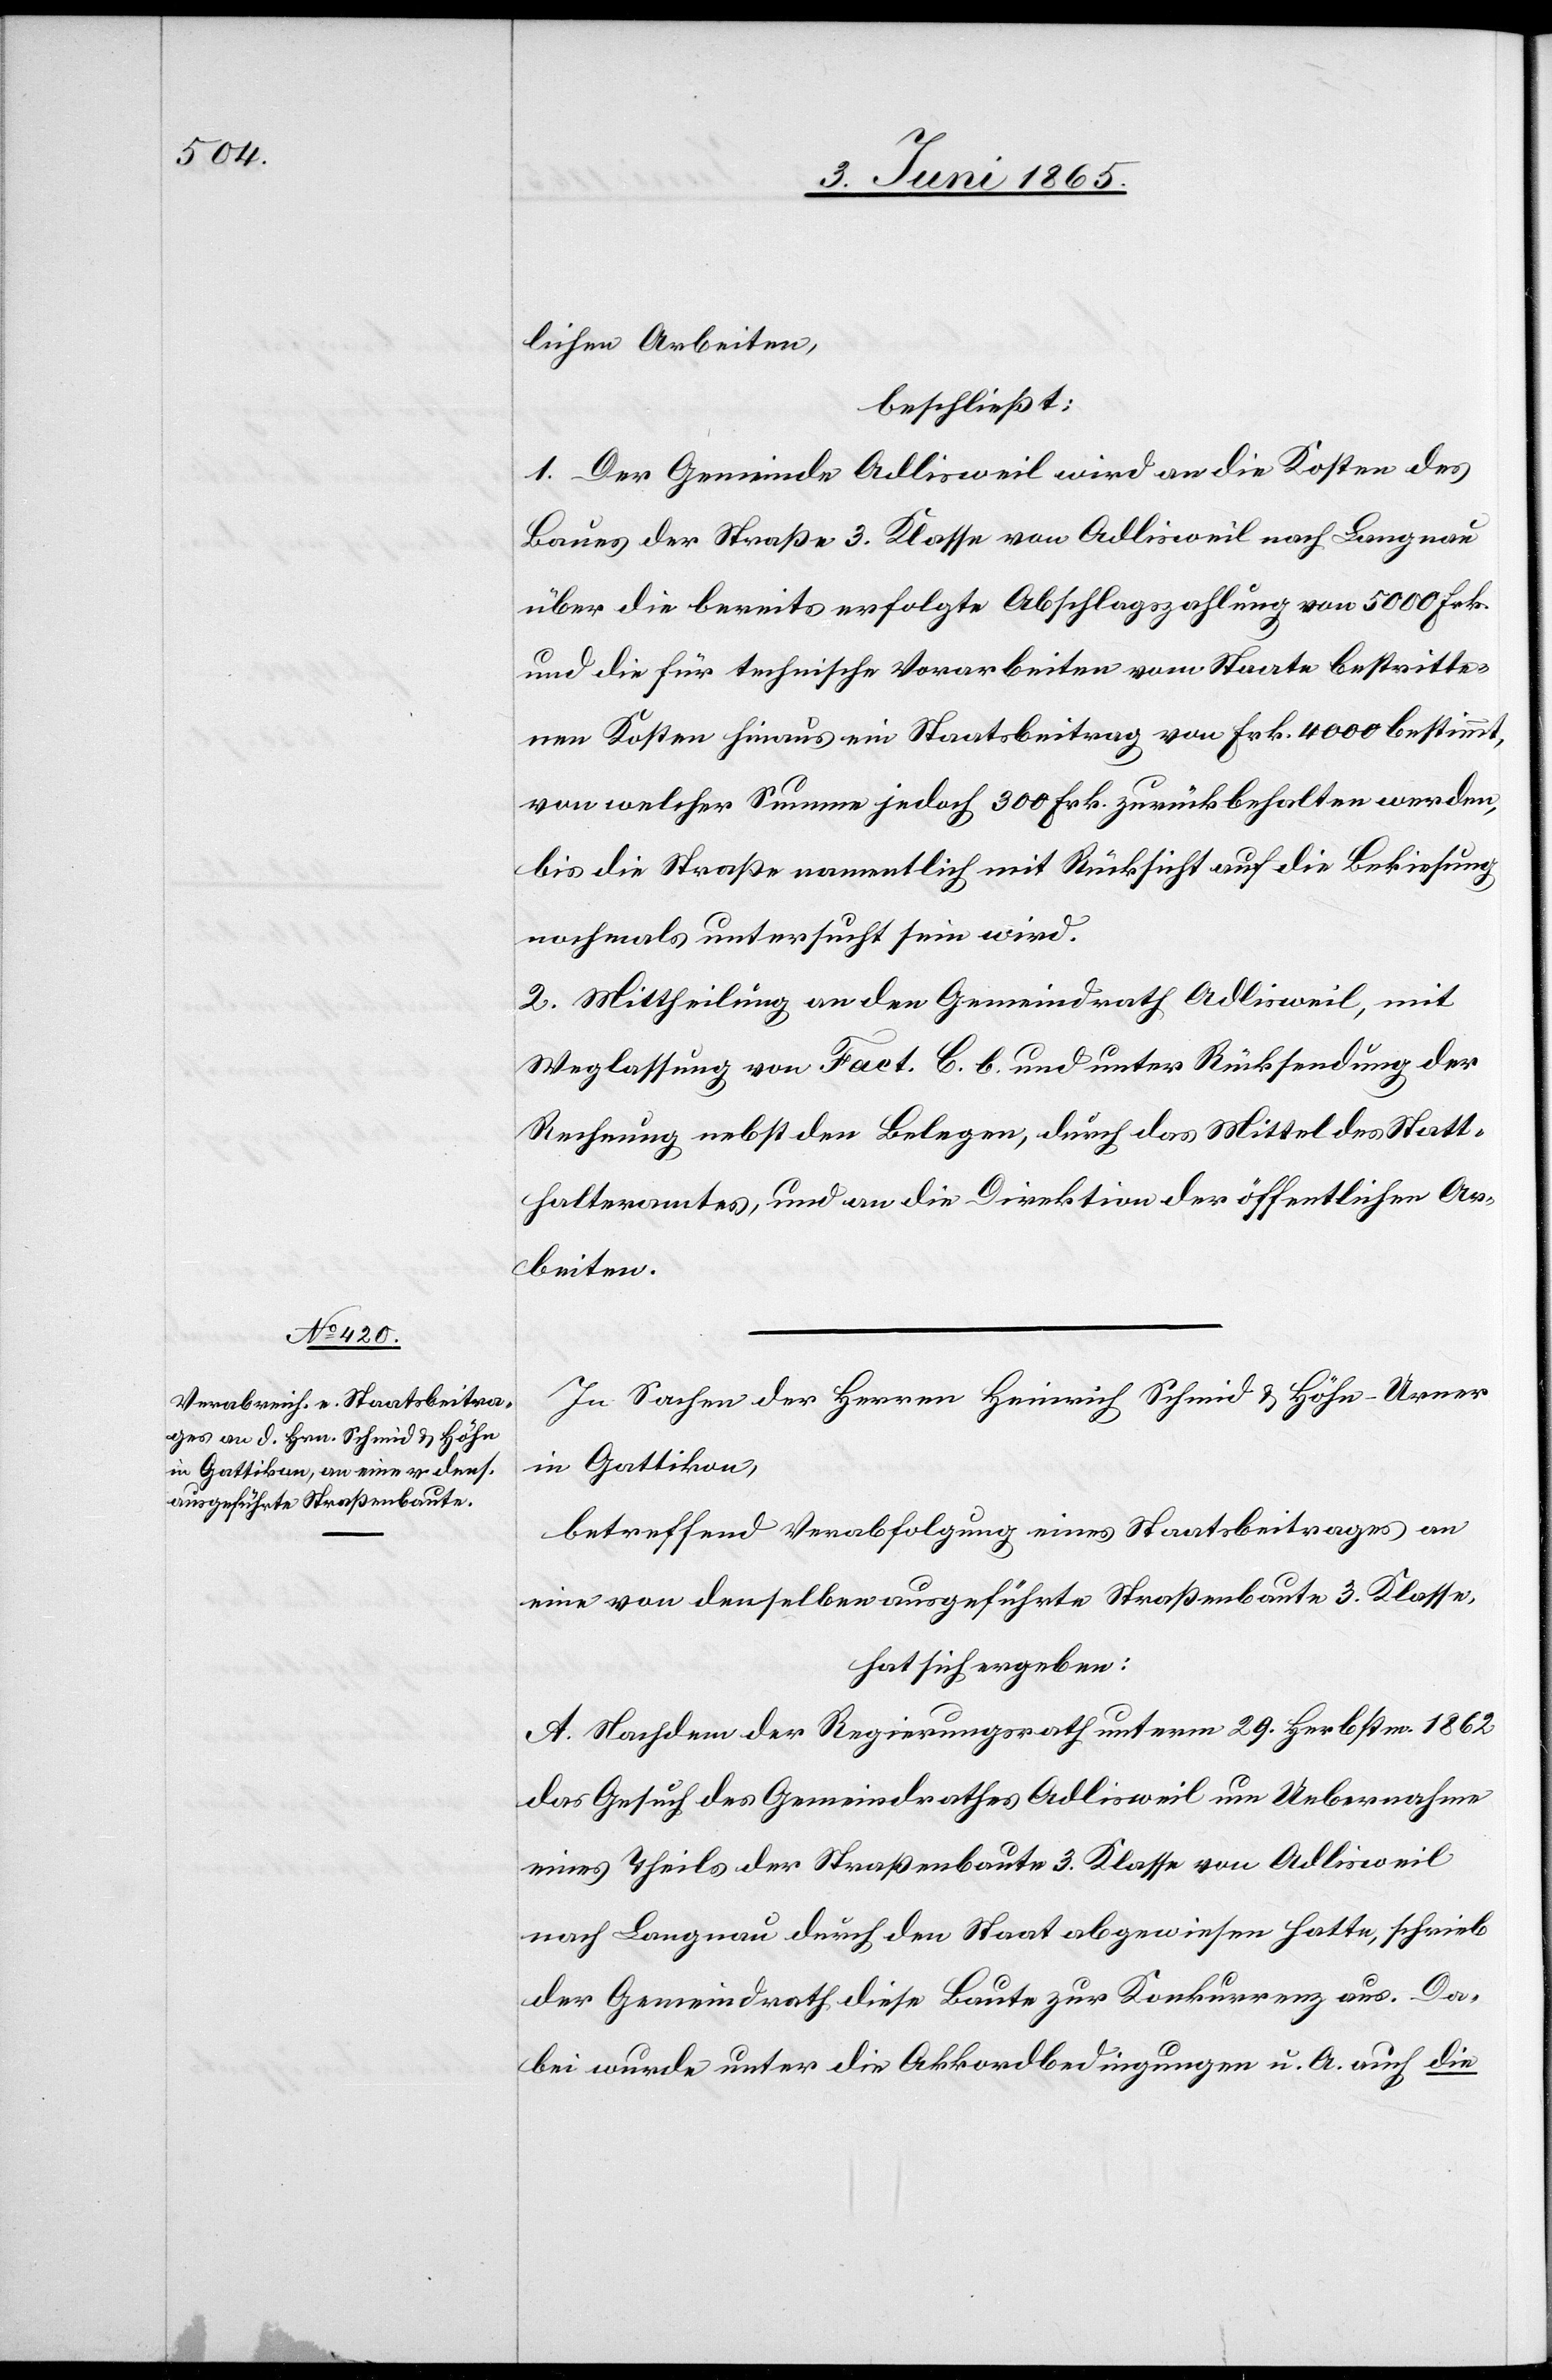
lichen Arbeiten,
beschließt:
1. Der Gemeinde Adlisweil wird an die Kosten des
Baues der Straße 3. Klasse von Adlisweil nach Langnau
über die bereits erfolgte Abschlagszahlung von 5000 Frk.
und die für technische Vorarbeiten vom Staate bestritte¬
nen Kosten hinaus ein Staatsbeitrag von Frk. 4000 bestimmt,
von welcher Summe jedoch 300 Frk. zurückbehalten werden,
bis die Straße namentlich mit Rücksicht auf die Bekiesung
nochmals untersucht sein wird.
2. Mittheilung an den Gemeindrath Adlisweil, mit
Weglassung von Fact. C. b. und unter Rücksendung der
Rechnung nebst den Belegen, durch das Mittel des Statt¬
halteramtes, und an die Direktion der öffentlichen Ar¬
beiten.
In Sachen der Herren Heinrich Schmid & Höhn-Urner
in Gattikon,
betreffend Verabfolgung eines Staatsbeitrages an
eine von denselben ausgeführte Straßenbaute 3. Klasse,
hat sich ergeben:
A. Nachdem der Regierungsrath unterm 29. Herbstm. 1862
das Gesuch des Gemeindrathes Adlisweil um Uebernahme
eines Theils der Straßenbaute 3. Klasse von Adlisweil
nach Langnau durch den Staat abgewiesen hatte, schrieb
der Gemeindrath diese Baute zur Konkurrenz aus. Da¬
bei wurde unter die Akkordbedingungen u. A. auch die